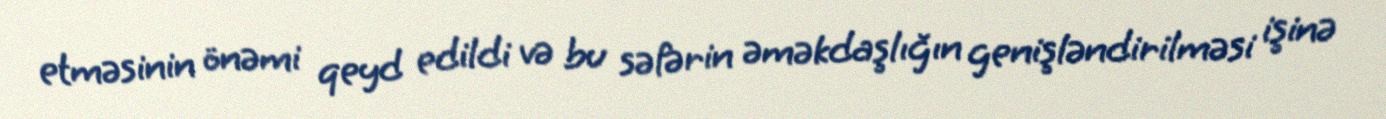
etməsinin önəmi qeyd edildi və bu səfərin əməkdaşlığın genişləndirilməsi işinə